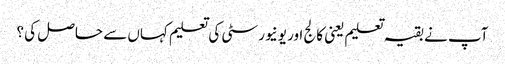
آپ نے بقیہ تعلیم یعنی کالج اور یونیورسٹی کی تعلیم کہاں سے حاصل کی ؟